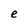
Character: e